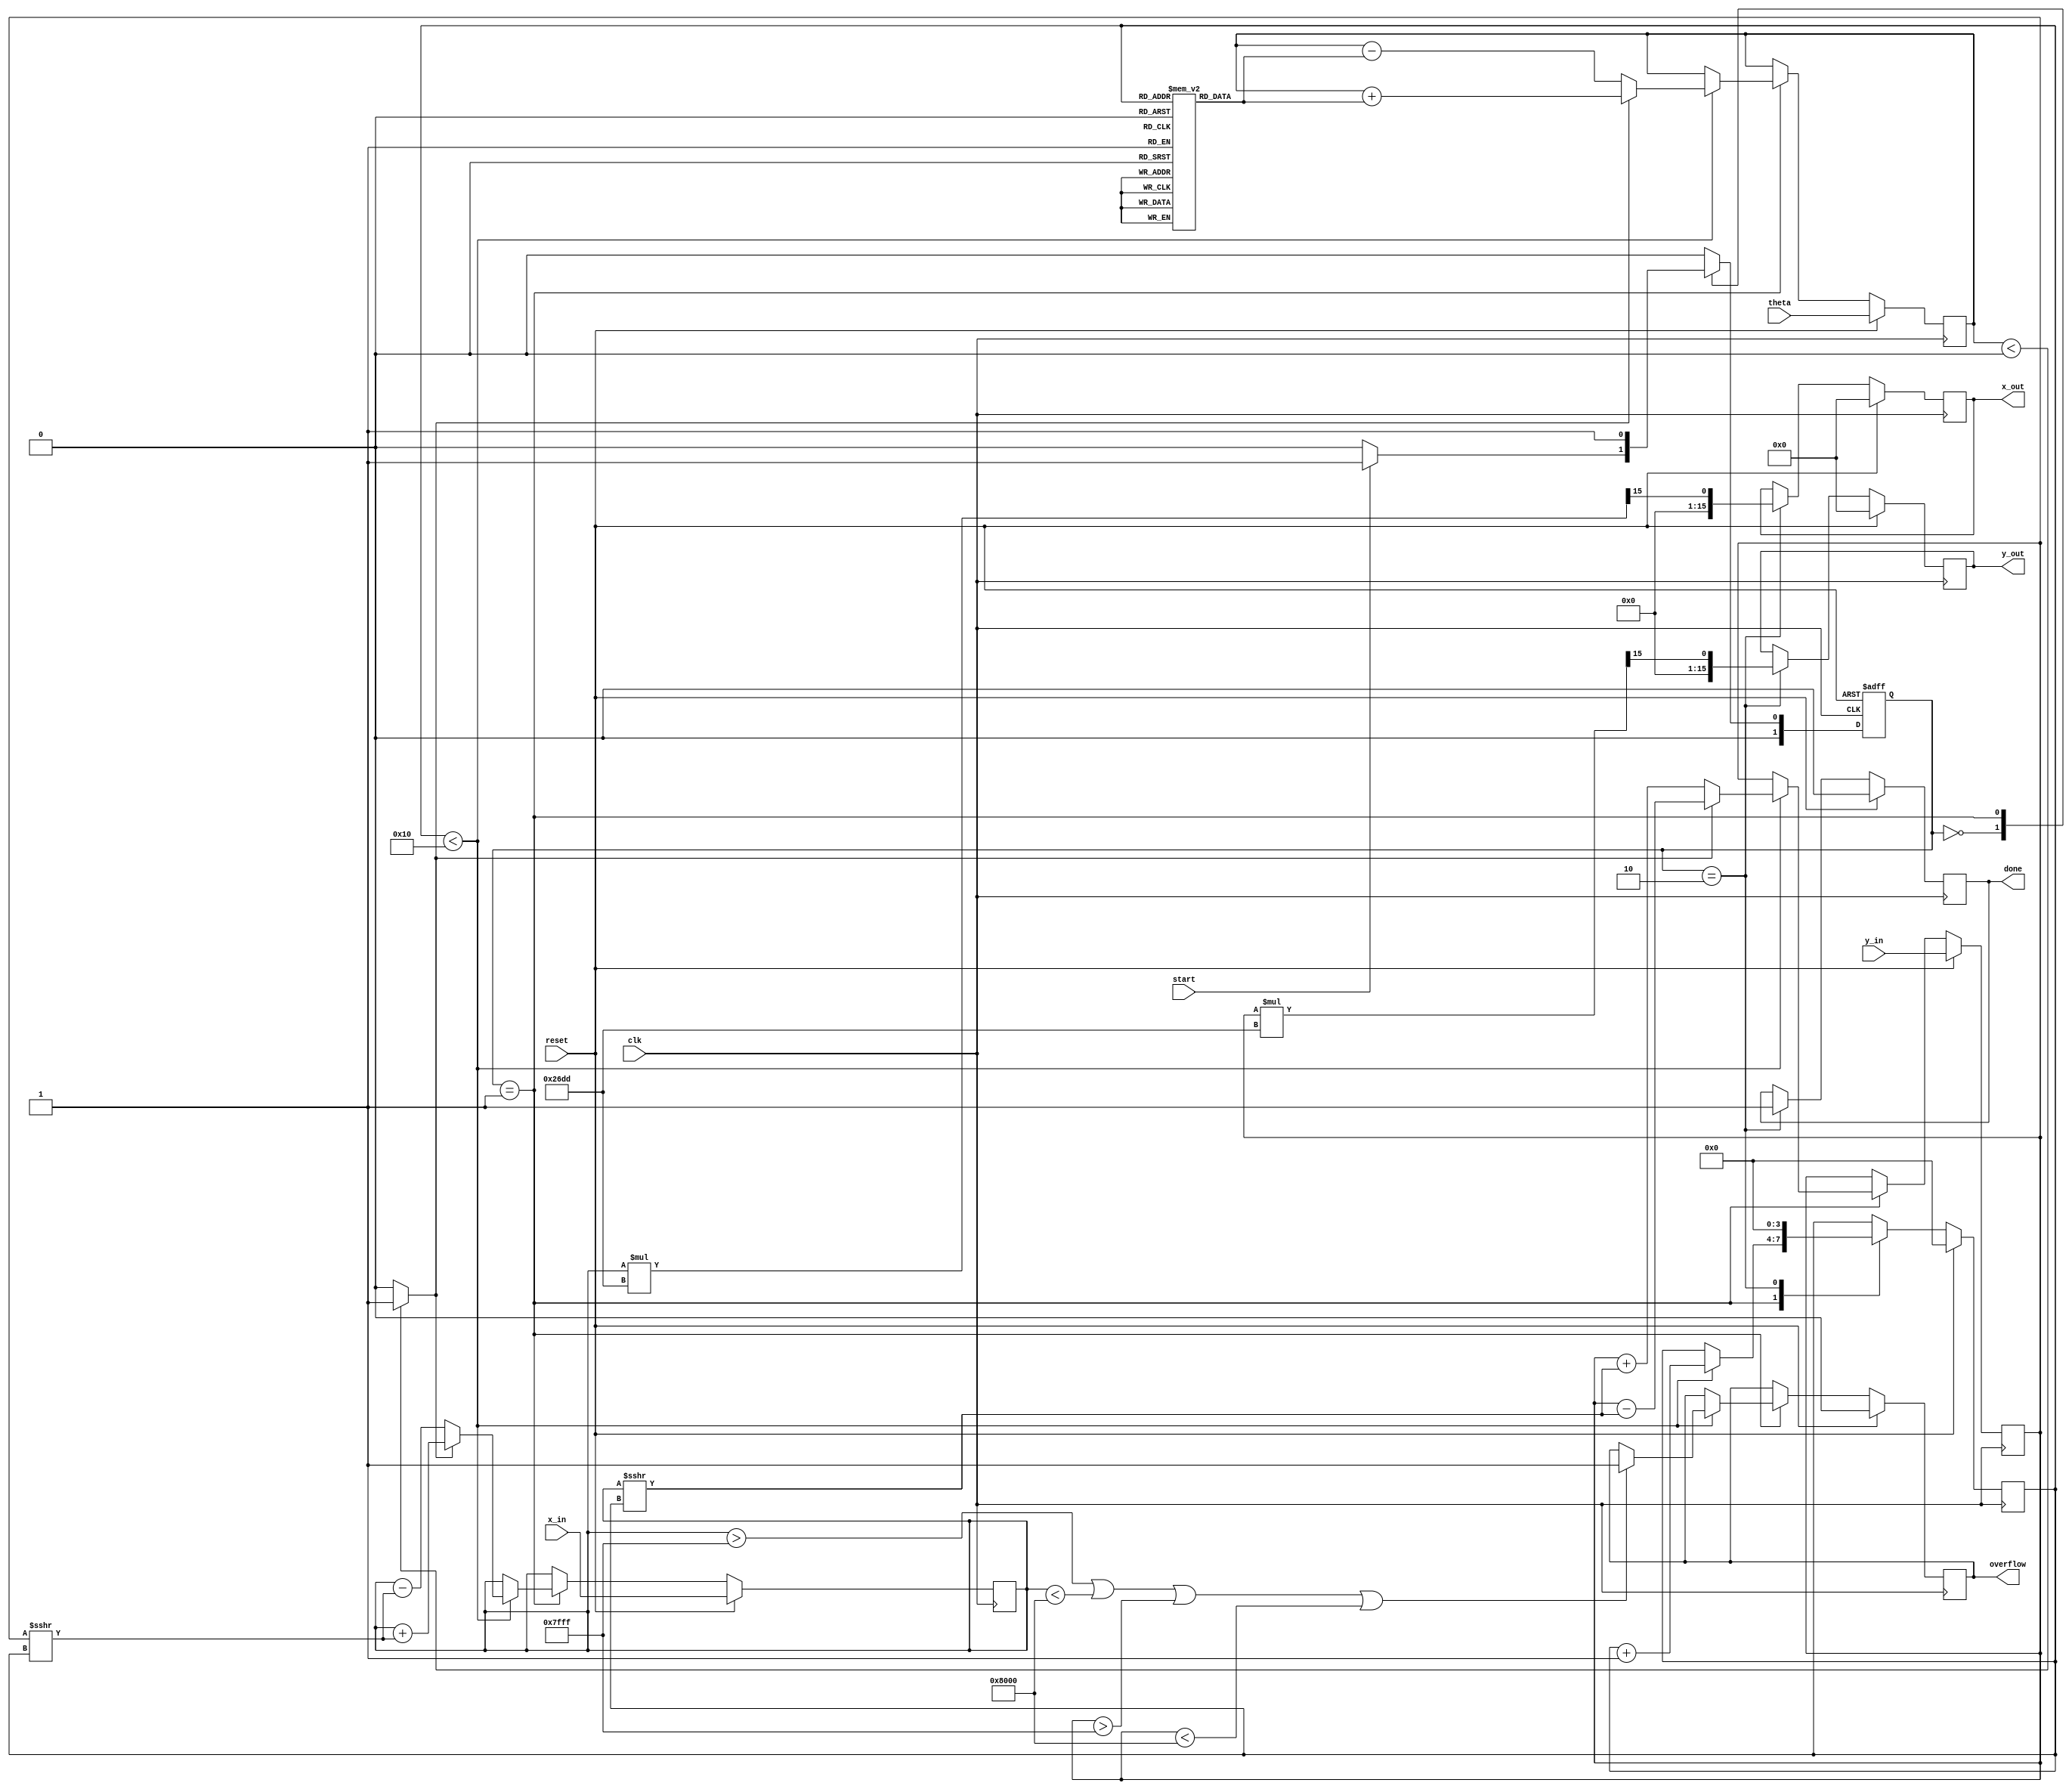
module CORDIC (
    input wire clk,
    input wire reset,
    input wire start,
    input wire signed [15:0] theta, // Angle input in radians (fixed-point)
    input wire signed [15:0] x_in,   // X coordinate input
    input wire signed [15:0] y_in,   // Y coordinate input
    output reg signed [15:0] x_out,   // Rotated X coordinate output
    output reg signed [15:0] y_out,   // Rotated Y coordinate output
    output reg done,                  // Status flag indicating completion
    output reg overflow               // Overflow flag
);

    // CORDIC parameters
    parameter NUM_ITERATIONS = 16;
    parameter [15:0] K = 16'h26DD; // Scaling factor (approx. 0.607)

    // Lookup table for arctangent values (fixed-point)
    reg signed [15:0] atan_table [0:NUM_ITERATIONS-1];
    initial begin
        atan_table[0] = 16'h2000; // atan(2^0) = 0.7854 (in fixed-point)
        atan_table[1] = 16'h1000; // atan(2^1) = 0.4636
        atan_table[2] = 16'h0800; // atan(2^2) = 0.2449
        atan_table[3] = 16'h0400; // atan(2^3) = 0.1244
        atan_table[4] = 16'h0200; // atan(2^4) = 0.0624
        atan_table[5] = 16'h0100; // atan(2^5) = 0.0312
        atan_table[6] = 16'h0080; // atan(2^6) = 0.0156
        atan_table[7] = 16'h0040; // atan(2^7) = 0.0078
        atan_table[8] = 16'h0020; // atan(2^8) = 0.0039
        atan_table[9] = 16'h0010; // atan(2^9) = 0.00195
        atan_table[10] = 16'h0008; // atan(2^10) = 0.000976
        atan_table[11] = 16'h0004; // atan(2^11) = 0.000488
        atan_table[12] = 16'h0002; // atan(2^12) = 0.000244
        atan_table[13] = 16'h0001; // atan(2^13) = 0.000122
        atan_table[14] = 16'h0001; // atan(2^14) = 0.000061
        atan_table[15] = 16'h0000; // atan(2^15) = 0.000031
    end

    // Internal signals
    reg signed [15:0] x_reg, y_reg, theta_reg;
    reg [3:0] iteration;
    reg [15:0] atan_val;
    reg direction;

    // FSM states
    localparam IDLE = 2'b00, CALC = 2'b01, DONE = 2'b10;
    reg [1:0] state, next_state;

    // State transition
    always @(posedge clk or posedge reset) begin
        if (reset) begin
            state <= IDLE;
        end else begin
            state <= next_state;
        end
    end

    // Next state logic
    always @(*) begin
        case (state)
            IDLE: begin
                if (start) begin
                    next_state = CALC;
                end else begin
                    next_state = IDLE;
                end
            end
            CALC: begin
                if (iteration == NUM_ITERATIONS) begin
                    next_state = DONE;
                end else begin
                    next_state = CALC;
                end
            end
            DONE: begin
                next_state = IDLE;
            end
            default: next_state = IDLE;
        endcase
    end

    // Calculation logic
    always @(posedge clk) begin
        if (reset) begin
            x_reg <= x_in;
            y_reg <= y_in;
            theta_reg <= theta;
            iteration <= 0;
            done <= 0;
            overflow <= 0;
            x_out <= 0;
            y_out <= 0;
        end else begin
            case (state)
                CALC: begin
                    if (iteration < NUM_ITERATIONS) begin
                        atan_val = atan_table[iteration];

                        // Determine direction based on angle comparison
                        direction = (theta_reg < 0) ? 1'b1 : 1'b0;

                        // Apply CORDIC rotation formulas
                        if (direction) begin
                            x_reg <= x_reg + (y_reg >>> iteration);
                            y_reg <= y_reg - (x_reg >>> iteration);
                            theta_reg <= theta_reg + atan_val;
                        end else begin
                            x_reg <= x_reg - (y_reg >>> iteration);
                            y_reg <= y_reg + (x_reg >>> iteration);
                            theta_reg <= theta_reg - atan_val;
                        end

                        // Check for overflow (this is simplistic; adapt as needed)
                        if (x_reg > 16'h7FFF || x_reg < -16'h8000 || 
                            y_reg > 16'h7FFF || y_reg < -16'h8000) begin
                            overflow <= 1;
                        end

                        iteration <= iteration + 1;
                    end
                end
                DONE: begin
                    x_out <= x_reg * K >>> 15; // Apply scaling factor
                    y_out <= y_reg * K >>> 15; // Apply scaling factor
                    done <= 1;
                    iteration <= 0; // Reset iteration for next calculation
                end
            endcase
        end
    end
endmodule